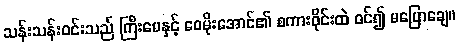
သန်းသန်းဝင်းသည် ကြီးမေနှင့် ဝေမိုးအောင်၏ စကားဝိုင်းထဲ ဝင်၍ မပြောချေ။